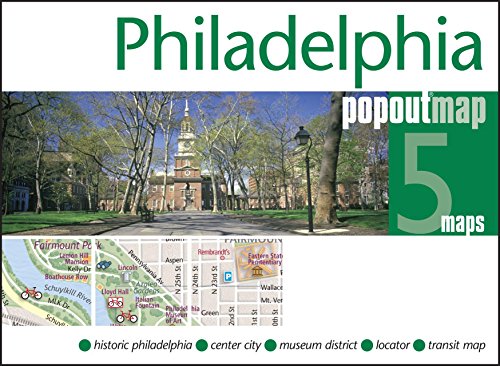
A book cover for Philadelphia PopOut Map (PopOut Maps); Travel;